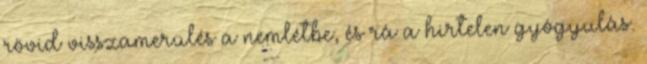
rövid visszamerülés a nemlétbe, és rá a hirtelen gyógyulás.